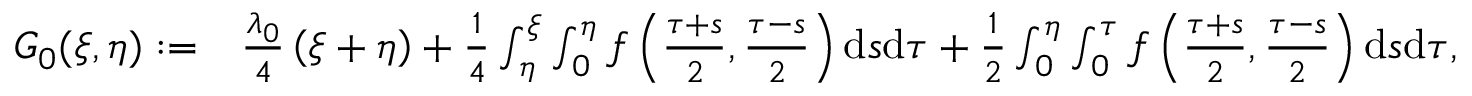
\begin{array} { r l } { G _ { 0 } ( \xi , \eta ) : = } & { { \frac { \lambda _ { 0 } } { 4 } } \left( \xi + \eta \right) + \frac { 1 } { 4 } \int _ { \eta } ^ { \xi } \int _ { 0 } ^ { \eta } f \left( \frac { \tau + s } { 2 } , \frac { \tau - s } { 2 } \right) \mathrm { d } s \mathrm { d } \tau + \frac { 1 } { 2 } \int _ { 0 } ^ { \eta } \int _ { 0 } ^ { \tau } f \left( \frac { \tau + s } { 2 } , \frac { \tau - s } { 2 } \right) \mathrm { d } s \mathrm { d } \tau , } \end{array}